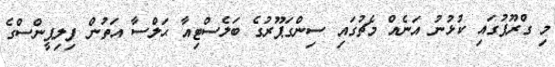
މި ގްރޫޕުގައި ކުޅުނު އަނެއް މެޗުގައި ސިންގަޕޫރުގެ ބަލެސްޓިއާ ޙަލްސާ އަތުން ފިލިޕީންސްގެ